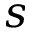
s